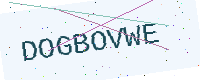
Text: DOGBOVWE